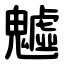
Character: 魖